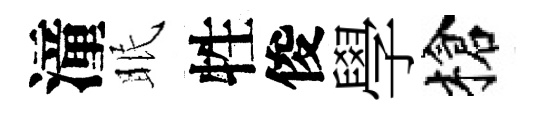
潼眠牲俊學槍